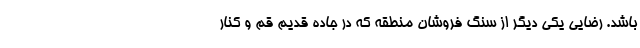
باشد. رضایی یکی دیگر از سنگ فروشان منطقه که در جاده قدیم قم و کنار